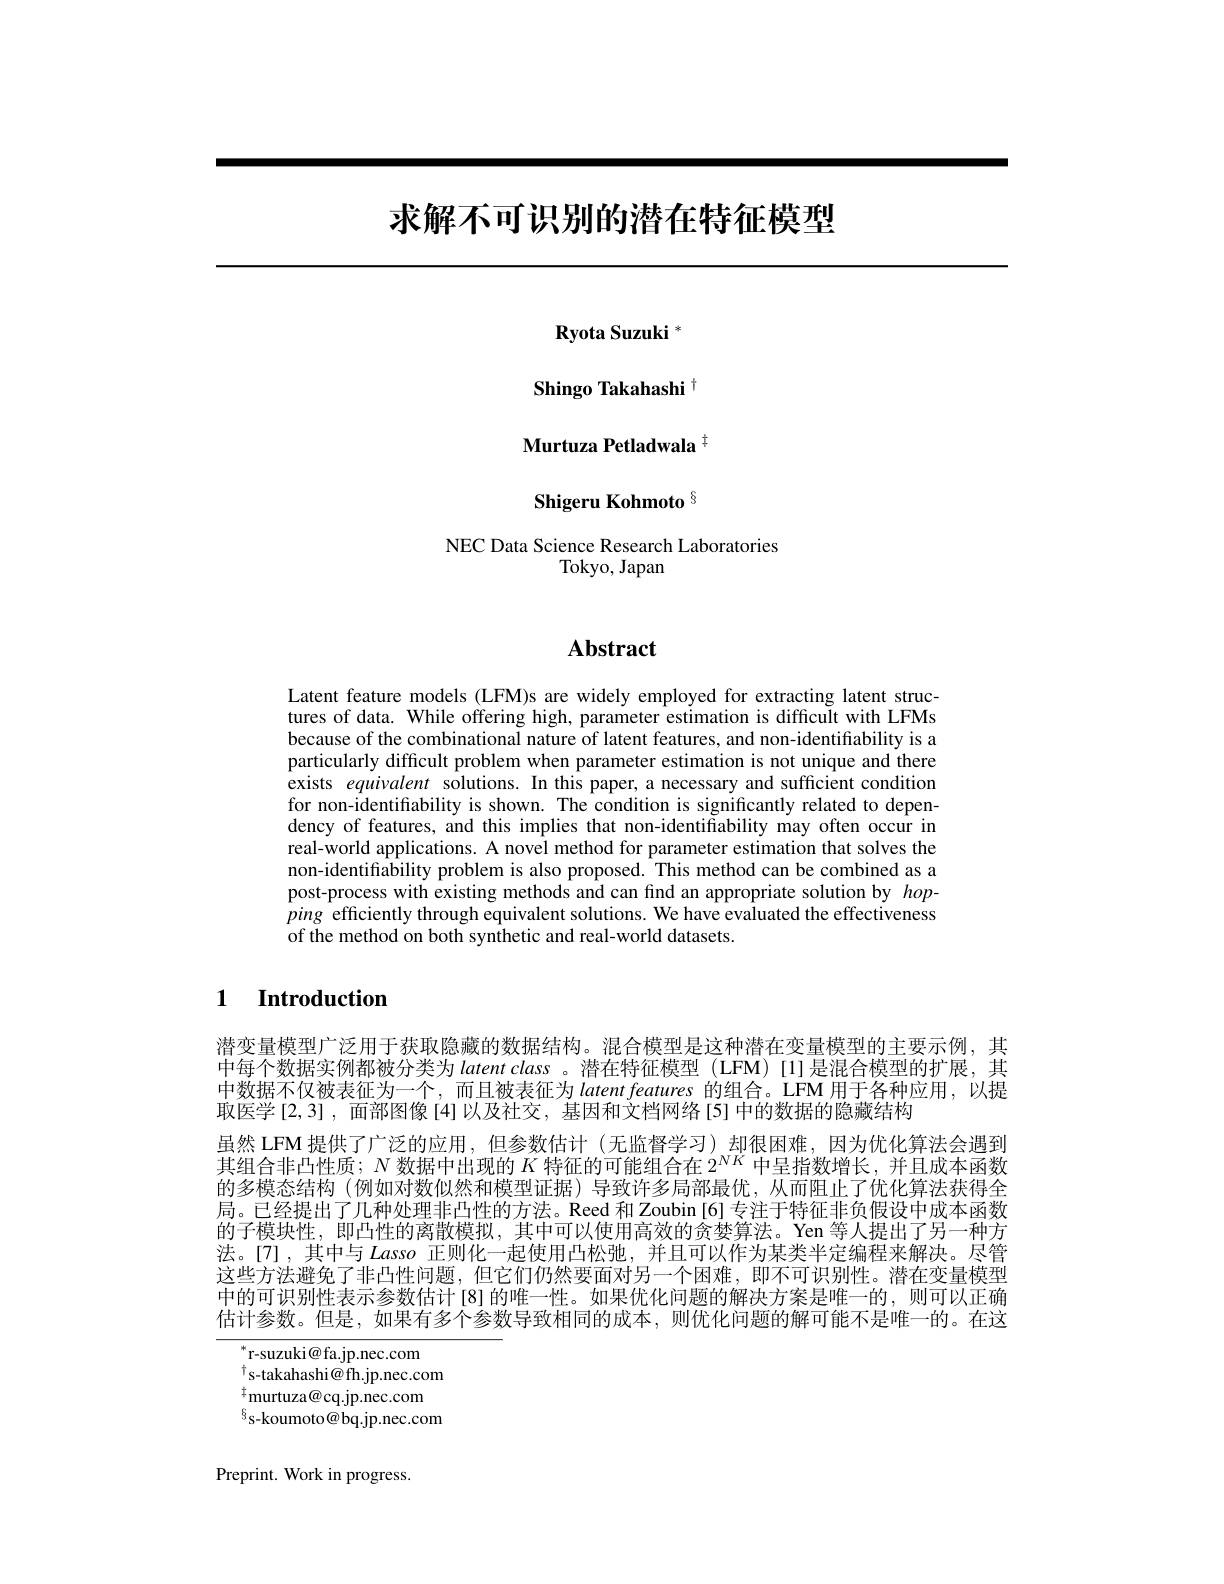
# 求解不可识别的潜在特征模型

Ryota Suzuki $^{*}$

Shingo Takahashi t

Murtuza Petladwala $^{\dagger}$

Shigeru Kohmoto $^{6}$

NEC Data Science Research Laboratories
Tokyo, Japan

# Abstract

Latent feature models (LFM)s are widely employed for extracting latent structures of data. While offering high, parameter estimation is difficult with LFMs because of the combinational nature of latent features, and non-identifiability is a particularly difficult problem when parameter estimation is not unique and there exists equivalent solutions. In this paper, a necessary and sufficient condition for non-identifability is shown. The condition is significantly related to dependency of features, and this implies that non-identifiability may often occur in real-world applications. A novel method for parameter estimation that solves the non-identifiability problem is also proposed. This method can be combined as a post-process with existing methods and can find an appropriate solution by hopping efficiently through equivalent solutions. We have evaluated the effectiveness of the method on both synthetic and real-world datasets.

### $\textbf{1}$ $\textbf{Introduction}$

潜变量模型广泛用于获取隐藏的数据结构。混合模型是这种潜在变量模型的主要示例，其中每个数据实例都被分类为 latent class 。潜在特征模型 (LFM)[1]是混合模型的扩展，其中数据不仅被表征为一个，而且被表征为 latent features 的组合。LFM 用于各种应用，以提取医学[2,3] ,面部图像[4]以及社交，基因和文档网络[5]中的数据的隐藏结构
虽然 LFM 提供了广泛的应用，但参数估计(无监督学习)却很困难，因为优化算法会遇到其组合非凸性质；$N$数据中出现的$K$特征的可能组合在$2^{NK}$中呈指数增长，并且成本函数的多模态结构 (例如对数似然和模型证据)导致许多局部最优，从而阻止了优化算法获得全局。已经提出了几种处理非凸性的方法。Reed 和 Zoubin [6] 专注于特征非负假设中成本函数的子模块性，即凸性的离散模拟，其中可以使用高效的贪婪算法。Yen 等人提出了另一种方法。[7],其中与 Lasso 正则化一起使用凸松弛，并且可以作为某类半定编程来解决。尽管这些方法避免了非凸性问题，但它们仍然要面对另一个困难，即不可识别性。潜在变量模型中的可识别性表示参数估计[8]的唯一性。如果优化问题的解决方案是唯一的，则可以正确估计参数。但是，如果有多个参数导致相同的成本，则优化问题的解可能不是唯一的。在这

$^*$r-suzuki@fa.jp.nec.com
$^{\dagger}$s-takahashi@ fh.jp.nec.com $^{\dagger}$murtuza@cq.jp.nec.com $^{6}$s-koumoto@bq.jp.nec.com

Preprint. Work in progress